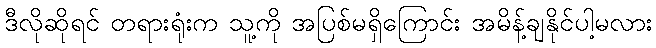
ဒီလိုဆိုရင် တရားရုံးက သူ့ကို အပြစ်မရှိကြောင်း အမိန့်ချနိုင်ပါ့မလား